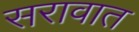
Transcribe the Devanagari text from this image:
सरावात